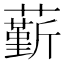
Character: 𧁲